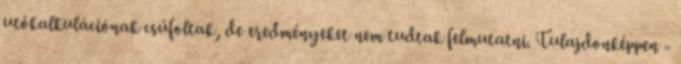
utókalkulá­ció­nak csúfoltak, de eredményeket nem tudtak felmutatni. Tulaj­donképpen -